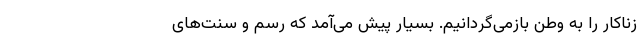
زناکار را به وطن بازمی‌گردانیم. بسیار پیش می‌آمد که رسم و سنت‌های